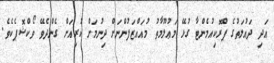
އަދި ދައުލަތުގެ ޕްރޮކިއުމެންޓާ ގުޅޭ މަޢުލޫމާތު މުއައްޒަފުންނަށް ދިނުމަށް ކުރިއަށް ގެންދެވޭ ވޯކްޝޮޕެކެވެ.